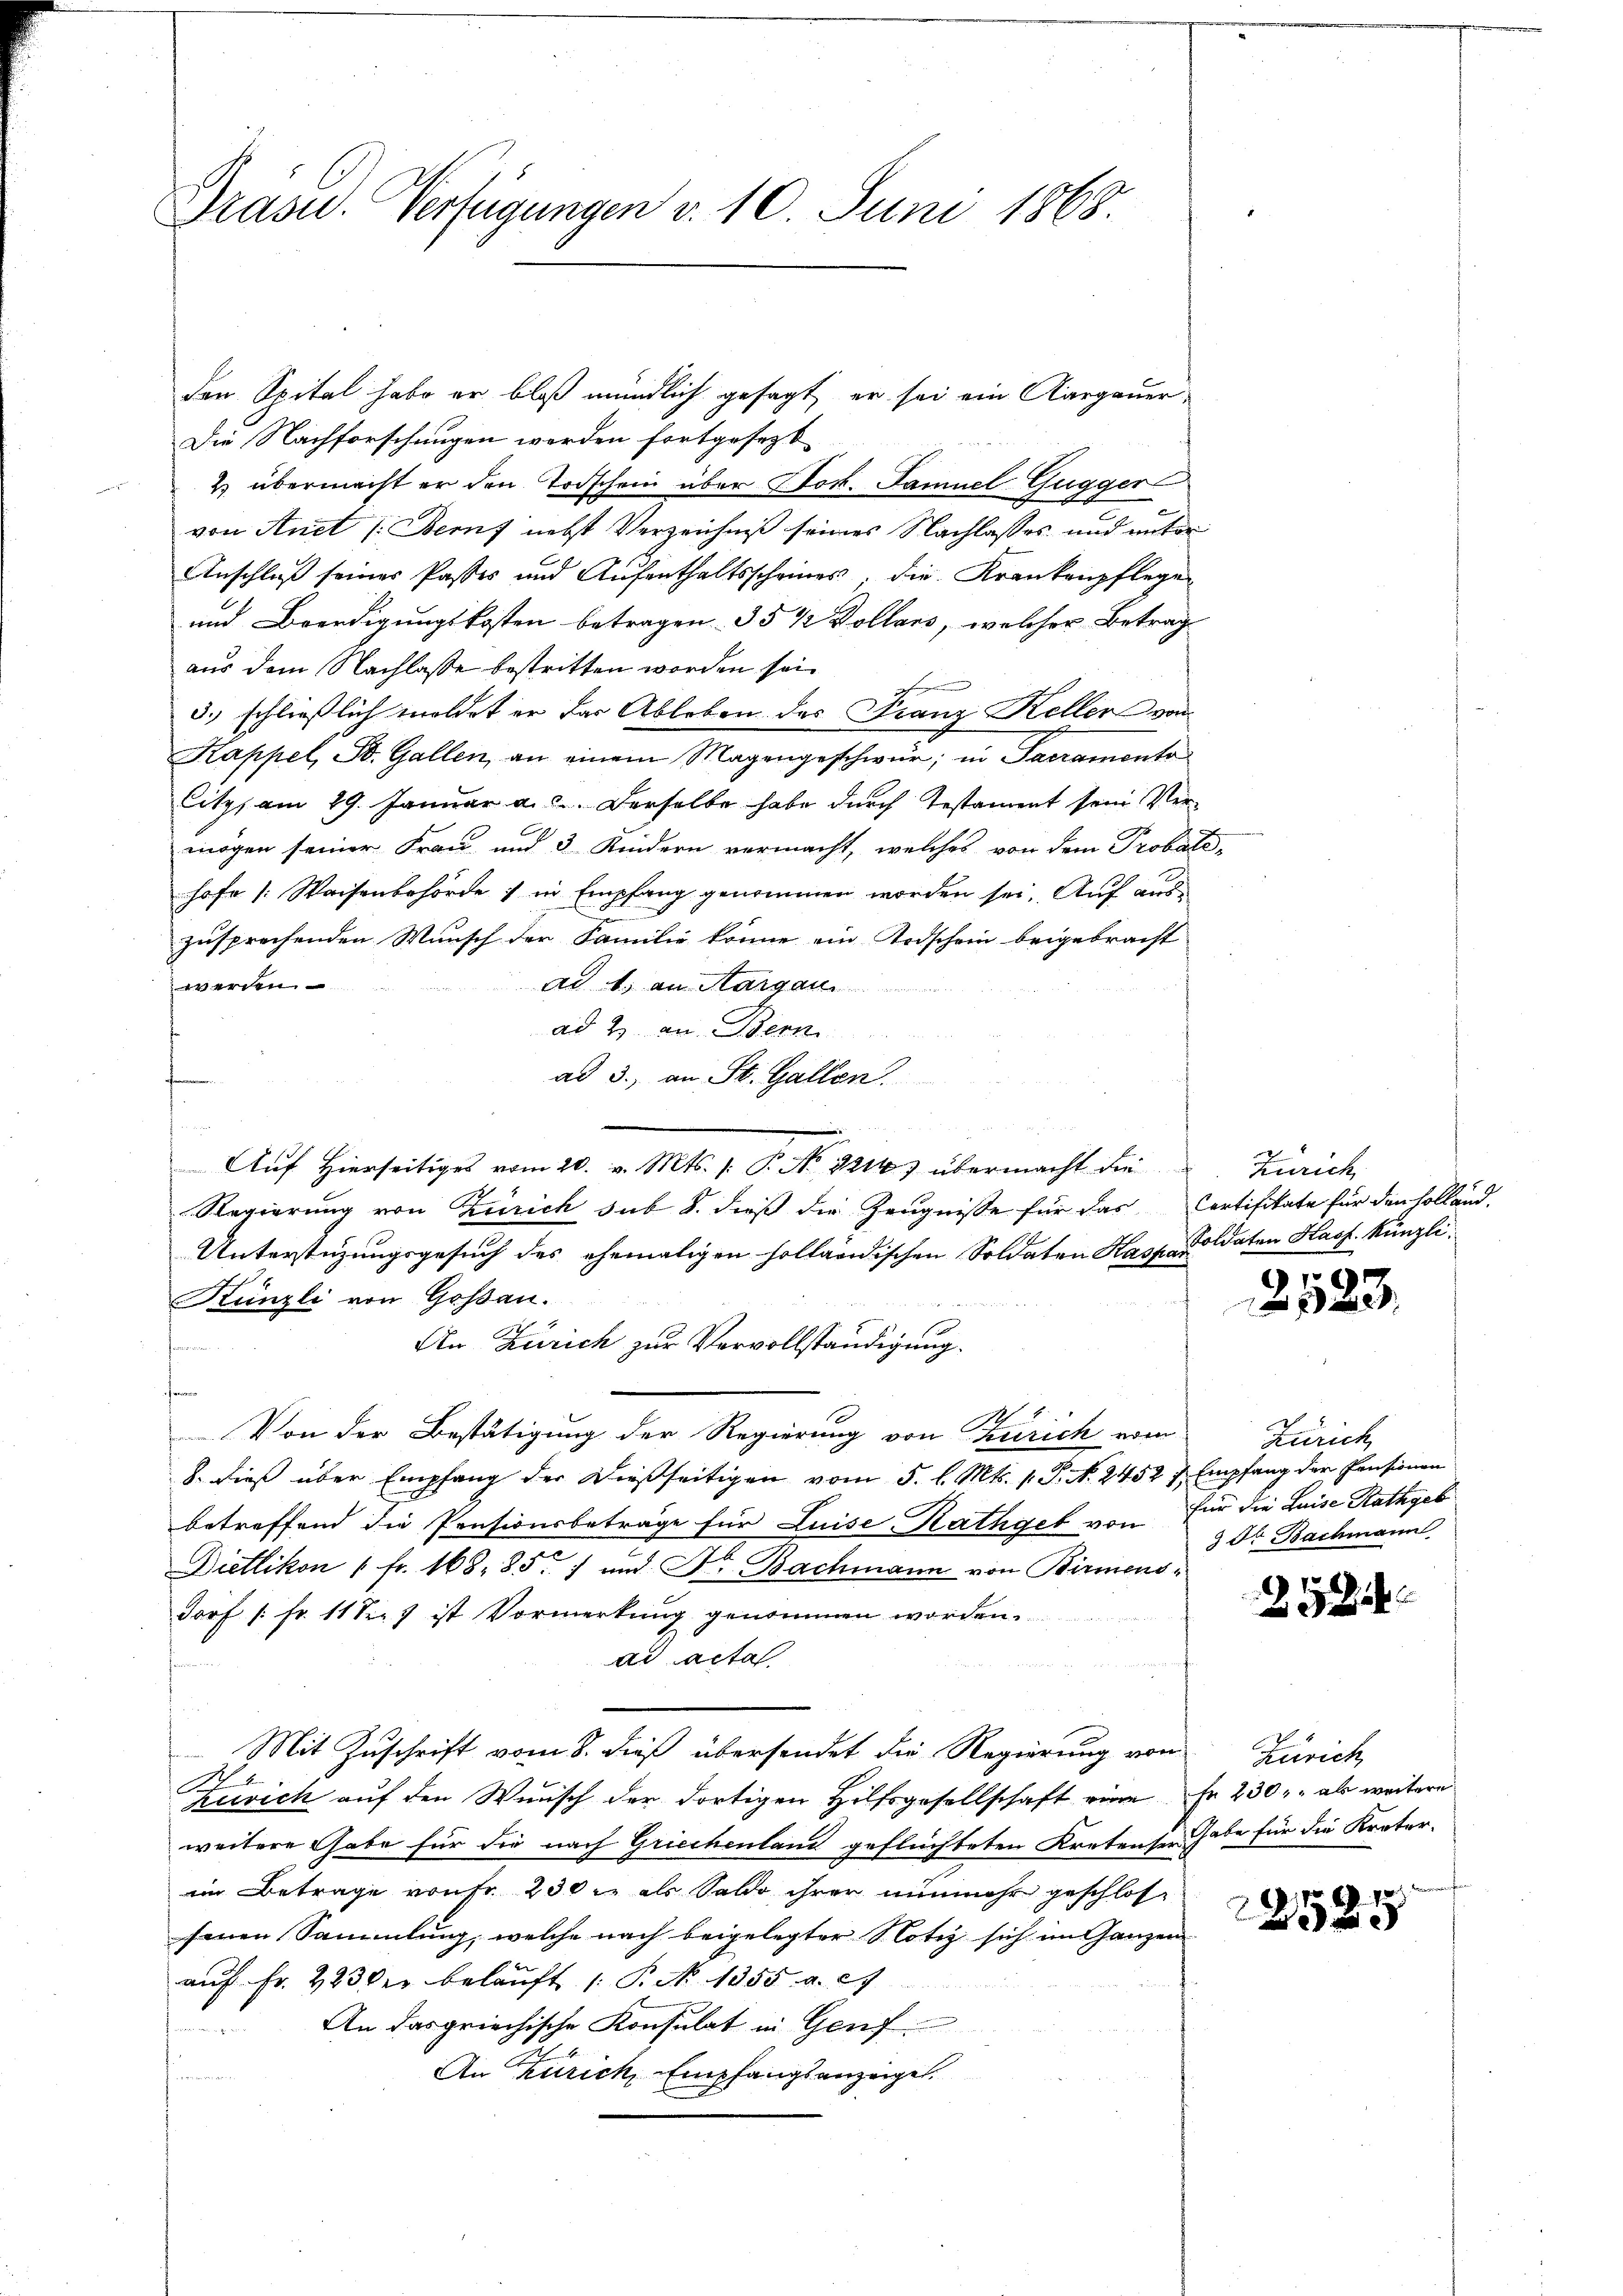
Präsid. Verfügungen v. 10. Juni 1868.

den Spital habe er bloß mündlich gesagt, er sei ein Aargauer-
Die Nachforschungen werden fortgesezt
2 übermacht er den Todschein über Pock. Samuel Gugger
von Auct [Bemf nebst Verzeichniß seines Nachlasses und unter
Anschluß seines Passes und Aufenthaltsscheines, die Krankenpflege
und Beendigungskosten betragen § 5 1/2 Kollars, welcher Betrag
aus dem Nachlasse bestritten worden sein
h
5. schließlich meldet er das Ableben das Franz Keller vom
Kappel, St. Gallen, an einem Magengeschwür; in Sacramonto
Citz, am 29. Januar a. c. Derselbe habe durch Testament sein Vermögen seiner Frau und 3 Kindern vermacht, welches von dem Probel
hofe [: Waisenbehörde in Empfang genommen worden sei. Auf aus
zusprechenden Wunsch der Familie könne ein Todschein beigebracht
ad 1. an Margau
werden.
ad 2. an Bern
ad 3., an St. Gallen.
an
Auf Hierseitiges vom 20. v. Mts. /: P. No 1214) übermacht die Zürich
Regierung von Zürich sub 2. dieß die Zeugnisse für das Certifikate für den Holland.
Unterstüzungsgesuch des ehemaligen holländischen Soldaten Kasp. Soldaten Hass. Künzli-
Künzli von Goßau.
An Zürich zur Vervollständigung.
n
feren
h
Von der Bestätigung der Regierung von Zürich vom
8. dieß über Empfang der dießseitigen vom 5. l. Mts. 1. P. N. 2452 f. Empfang der Pensionen
betreffend die Pensionsbeträge für Luise Rathgeb von für die Luise Rathgeb
Dietlikon " fr. 168. 85. 7 und Dr. Bachmann von Birmens-
Dorf /: Fr. 11 See ist Vormerkung genommen worden.
ad acta
fen
Mit Zuschrift vom 8. dieß übersendet die Regierung von Zürich,
A
kersich auf den Wunsch der dortigen Hilfsgesellschaft eine Fr. 230, als weitere
weitere Gabe für die nach Griechenland geflüchteten Kretensee habe für die Krater-
im Betrage von Fr. 230 als Saldo ihrer nunmehr geschlossenen Sammlung, welche nach beigelegter Notiz sich im Ganzen
aŭf fr. 223 der belaŭft /: P. No. 1355. a. c.
An das griechische Konsulat in Genf
An Zürich, Empfangsanzeigel.
n

e

2523.

Zürich
3 Dr. Bachmann

2524

870
2